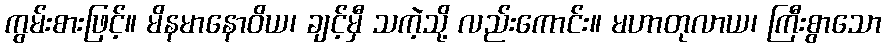
ကွမ်းစားဖြင့်။ မိနမာနောဝိယ၊ ချင့်မှီ သကဲ့သို့ လည်းကောင်း။ မဟာတုလာယ၊ ကြီးစွာသော